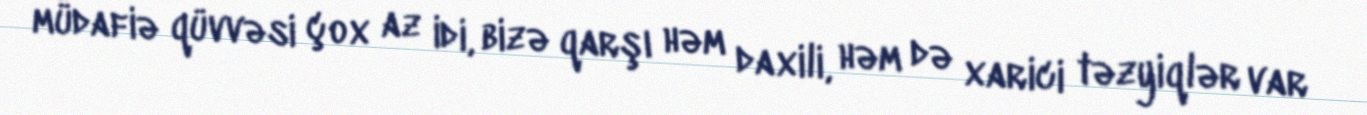
müdafiə qüvvəsi çox az idi, bizə qarşı həm daxili, həm də xarici təzyiqlər var